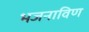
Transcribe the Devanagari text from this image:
भजनाविण